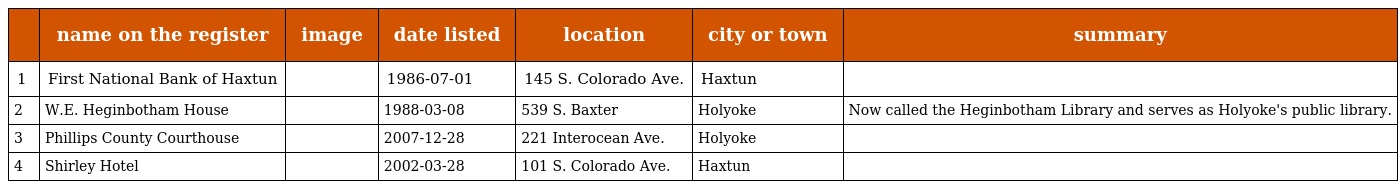
|  | name on the register | image | date listed | location | city or town | summary |
 | --- | --- | --- | --- | --- | --- | --- |
 | 1 | First National Bank of Haxtun |  | 1986-07-01 | 145 S. Colorado Ave. | Haxtun |  |
 | 2 | W.E. Heginbotham House |  | 1988-03-08 | 539 S. Baxter | Holyoke | Now called the Heginbotham Library and serves as Holyoke's public library. |
 | 3 | Phillips County Courthouse |  | 2007-12-28 | 221 Interocean Ave. | Holyoke |  |
 | 4 | Shirley Hotel |  | 2002-03-28 | 101 S. Colorado Ave. | Haxtun |  |